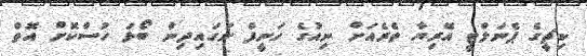
ކިޗީގެ ޕެނަލްޓީ އޭރިޔާ ތެރެއަށް ނިއުގެ ހަނީފް ނަގައިދިން ބޯޅަ ހުސްކޮށް އޮތް